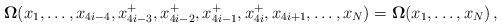
\begin{align*}{\bf \Omega} (x_1,\ldots ,x_{4i-4}, x_{4i-3}^+,x_{4i-2}^+,x_{4i-1}^+,x_{4i}^+,x_{4i+1}, \ldots , x_N)={\bf \Omega} (x_1, \ldots , x_N) \, , \end{align*}